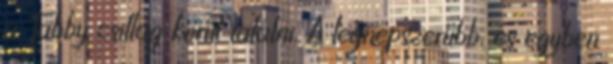
a Tabby csillag körül találni. A legnépszerűbb, és egyben